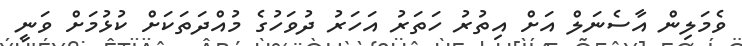
ވެމަލިން އާސެނަލް އަށް އިތުރު ހަތަރު އަހަރު ދުވަހުގެ މުއްދަތަކަށް ކުޅުމަށް ވަނީ